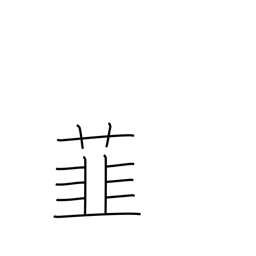
Meaning: leek